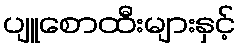
ပျူစောထီးများနှင့်